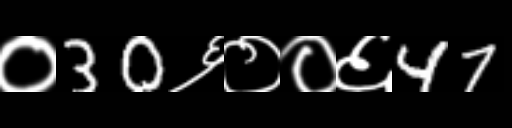
Text: ०30६००६47